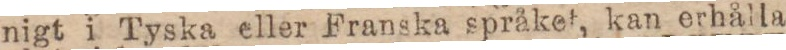
nigt i Tyska eller Franska språket, kan erhålla